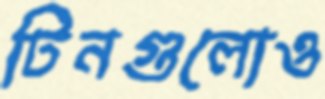
টিনগুলোও